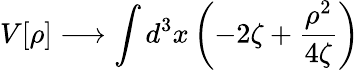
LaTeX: V[\rho]\longrightarrow\int d^{3}x\left(-2\zeta+\frac{\rho^{2}}{4\zeta}\right)